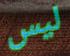
ليس